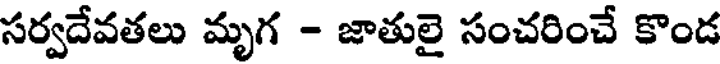
సర్వదేవతలు మృగ - జాతులై సంచరించే కొండ